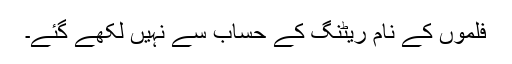
فلموں کے نام ریٹنگ کے حساب سے نہیں لکھے گئے۔